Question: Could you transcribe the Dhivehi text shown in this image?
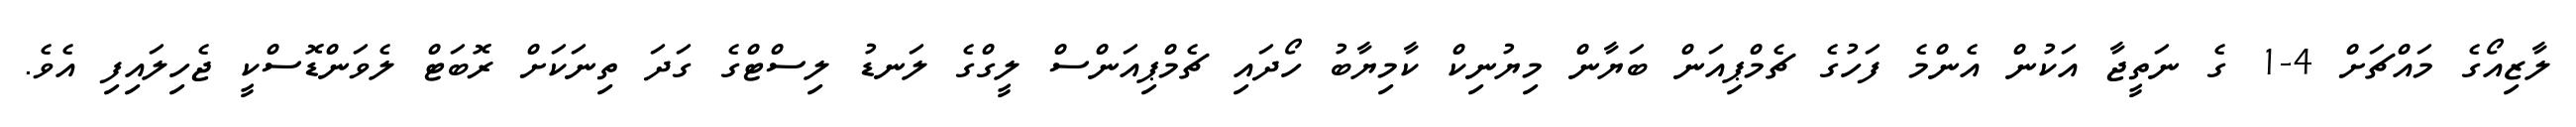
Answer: ލާޒިއޯގެ މައްޗަށް 4-1 ގެ ނަތީޖާ އަކުން އެންމެ ފަހުގެ ޗެމްޕިއަން ބަޔާން މިޔުނިކް ކާމިޔާބު ހޯދައި ޗެމްޕިއަންސް ލީގްގެ ލަނޑު ލިސްޓްގެ ގަދަ ތިނަކަށް ރޮބަޓް ލެވަންޑޮސްކީ ޖެހިލައިފި އެވެ.